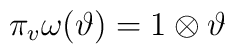
\pi_v \omega (\vartheta)=1\otimes \vartheta